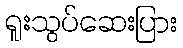
ရူးသွပ်ဆေးပြား